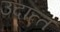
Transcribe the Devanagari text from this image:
उदात्‍त